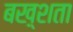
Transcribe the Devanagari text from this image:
बख़्शता